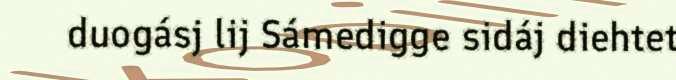
duogásj lij Sámedigge sidáj diehtet